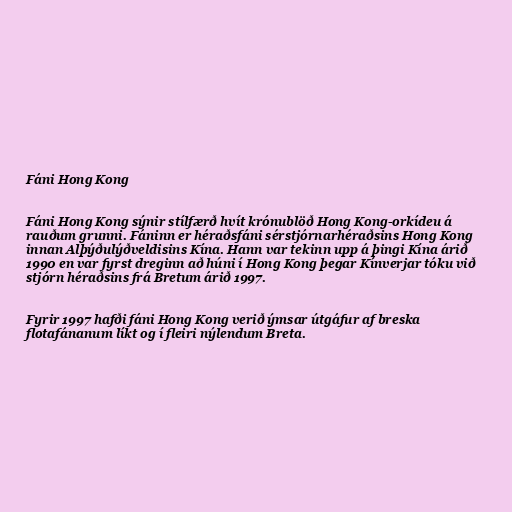
Fáni Hong Kong

Fáni Hong Kong sýnir stílfærð hvít krónublöð Hong Kong-orkídeu á
rauðum grunni. Fáninn er héraðsfáni sérstjórnarhéraðsins Hong Kong
innan Alþýðulýðveldisins Kína. Hann var tekinn upp á þingi Kína árið
1990 en var fyrst dreginn að húni í Hong Kong þegar Kínverjar tóku við
stjórn héraðsins frá Bretum árið 1997.

Fyrir 1997 hafði fáni Hong Kong verið ýmsar útgáfur af breska
flotafánanum líkt og í fleiri nýlendum Breta.